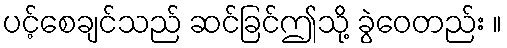
ပင့်စေချင်သည် ဆင်ခြင်ဤသို့ ခွဲဝေတည်း ။